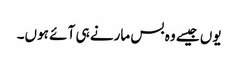
یوں جیسے وہ بس مارنے ہی آ ئے ہوں۔